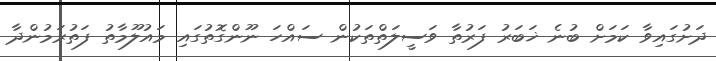
ދަށުގައިވާ ކަމަށް ބުނެ ޚަބަރު ފަރުތާ ވަސީލަތްތަކުން ސައްހަ ނޫންގޮތުގައި މައުލޫމާތު ފަތުރަމުންދާ